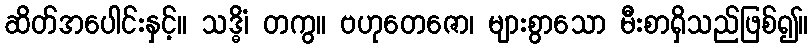
ဆိတ်အပေါင်းနှင့်။ သဒ္ဓိံ၊ တကွ။ ဗဟုတေဇော၊ များစွာသော မီးစာရှိသည်ဖြစ်၍။